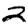
Digit: 2